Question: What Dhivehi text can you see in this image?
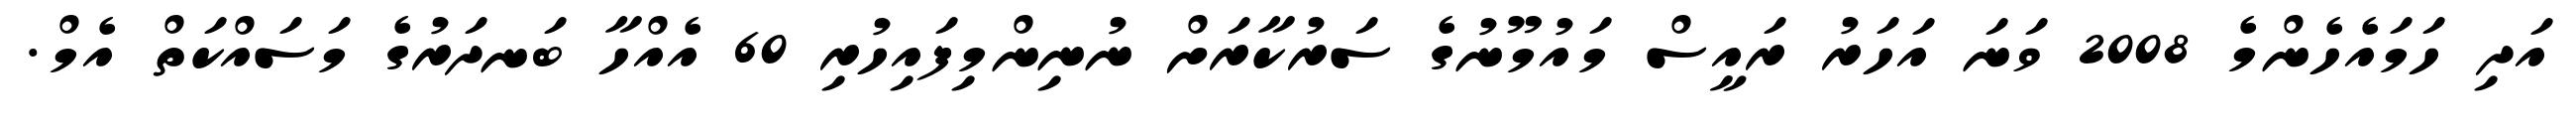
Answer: އަދި ހަމައެހެންމެ 2008 ވަނަ އަހަރު ރައީސް މައުމޫނުގެ ސަރުކާރަށް ނުނިންމިފައިހުރި 60 އެއްހާ ބަނދަރުގެ މަސައްކަތް އެމް.